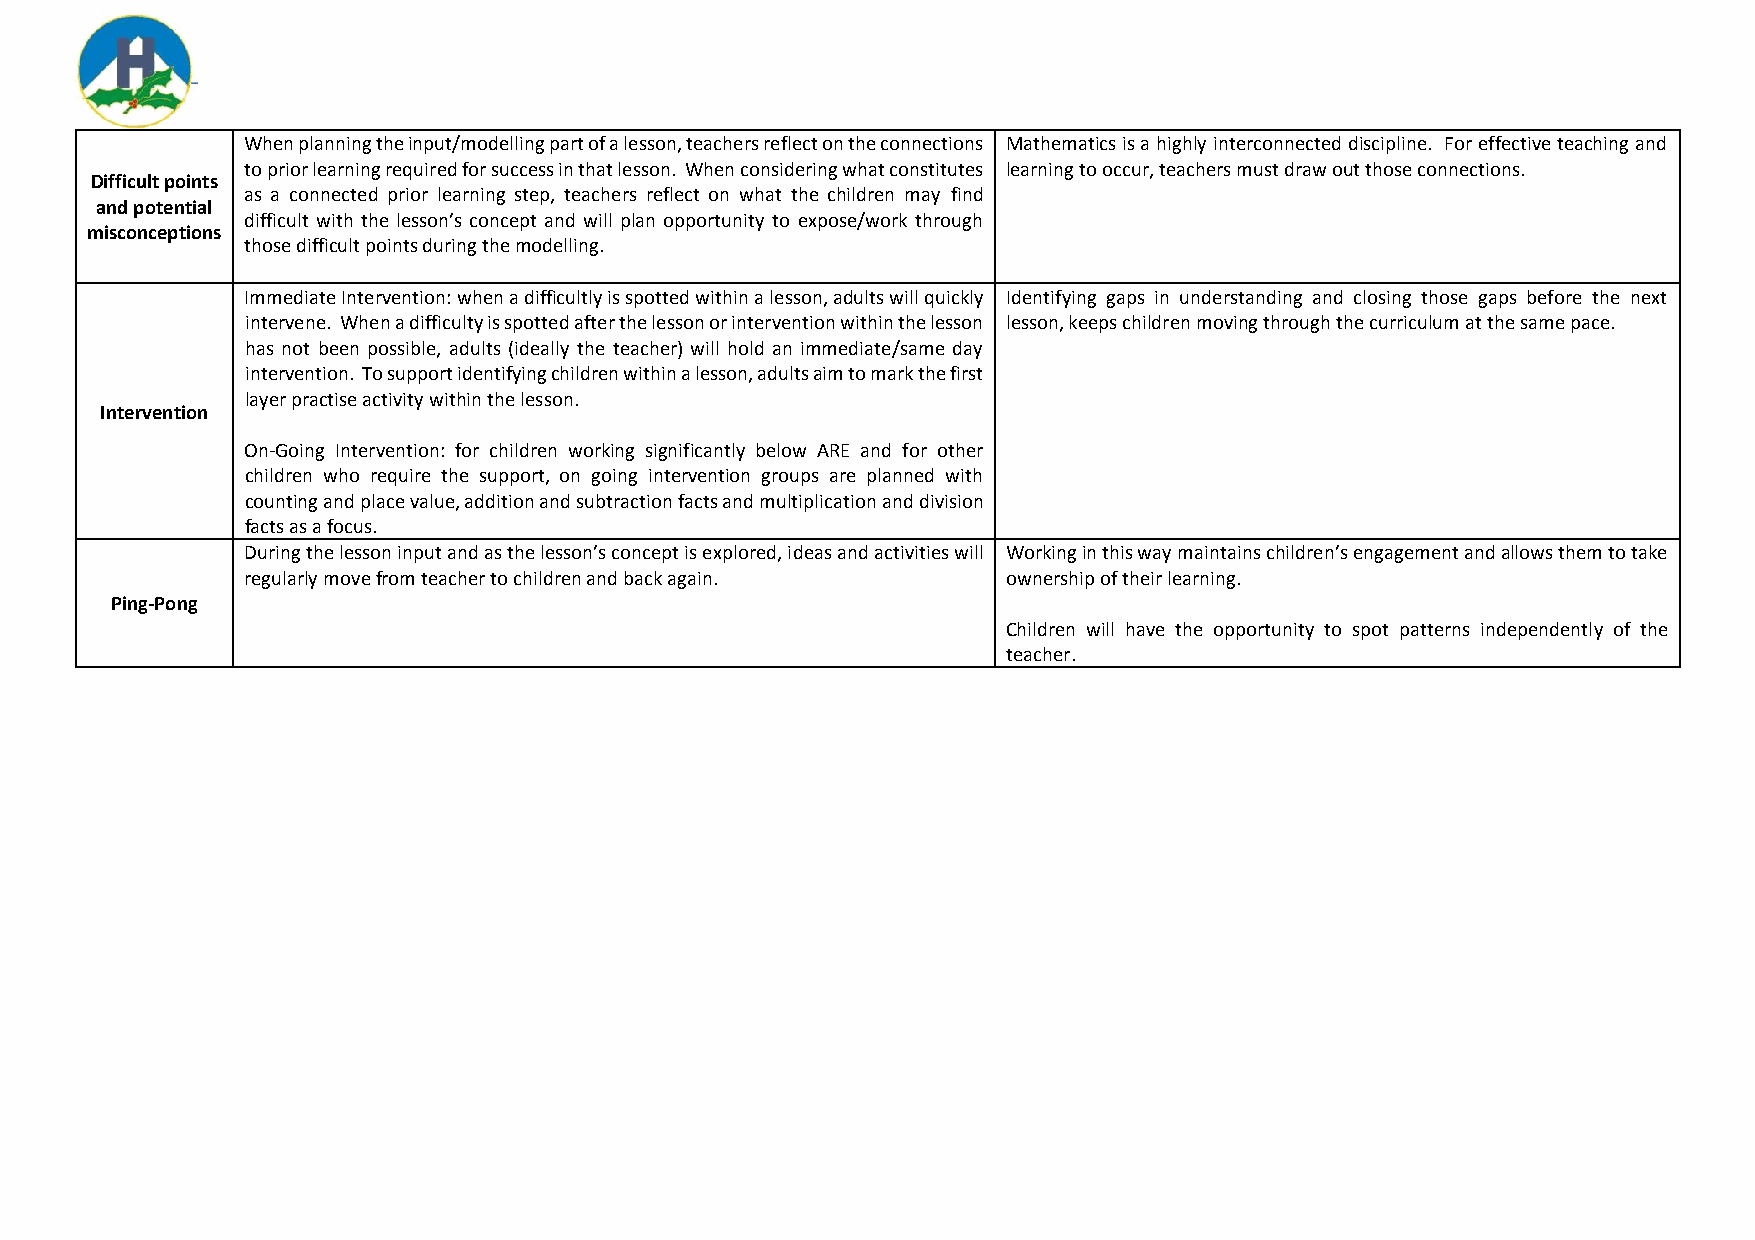
When planning the input/modelling part of a lesson, teachers reflect on the connections Mathematics is a highly interconnected discipline. For effective teaching and
 to prior learning required for success in that lesson. When considering what constitutes learning to occur, teachers must draw out those connections.
 Difficult points
 as a connected prior learning step, teachers reflect on what the children may find
 and potential
 difficult with the lesson’s concept and will plan opportunity to expose/work through
 misconceptions
 those difficult points during the modelling.
 Immediate Intervention: when a difficultly is spotted within a lesson, adults will quickly Identifying gaps in understanding and closing those gaps before the next
 intervene. When a difficulty is spotted after the lesson or intervention within the lesson lesson, keeps children moving through the curriculum at the same pace.
 has not been possible, adults (ideally the teacher) will hold an immediate/same day
 intervention. To support identifying children within a lesson, adults aim to mark the first
 layer practise activity within the lesson.
 Intervention
 On-Going Intervention: for children working significantly below ARE and for other
 children who require the support, on going intervention groups are planned with
 counting and place value, addition and subtraction facts and multiplication and division
 facts as a focus.
 During the lesson input and as the lesson’s concept is explored, ideas and activities will Working in this way maintains children’s engagement and allows them to take
 regularly move from teacher to children and back again. ownership of their learning.
 Ping-Pong
 Children will have the opportunity to spot patterns independently of the
 teacher.